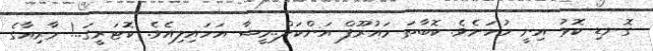
ގޮނޑި ކޮޅު އިނީ ހުހަށެވެ. ކޮބާތަ މައުރޫފް އަންކަލް..މީޝާ އަހައިލިއެވެ. ކޮޓަރީގަ..! މާރިއާގެ